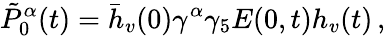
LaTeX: \tilde{P}_{0}^{\alpha}(t)=\bar{h}_{v}(0)\gamma^{\alpha}\gamma_{5}E(0,t)h_{v}(t)\, ,